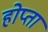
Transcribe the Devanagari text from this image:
होप्ता